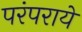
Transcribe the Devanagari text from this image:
परंपराये